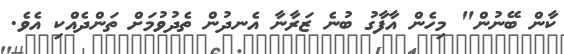
ކާން ބޭނުން" މިހެން އާފާގު ބުނެ ޒަރާނާ އެނދުން ތެދުވުމަށް ތަންދެއްކި އެވެ.